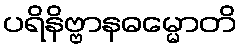
ပရိနိဗ္ဗာနဓမ္မောတိ